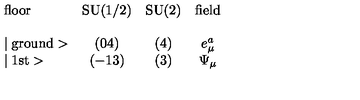
\begin{array} { l c c c } { \mathrm { f l o o r } } & { \mathrm { S U ( 1 / 2 ) } } & { \mathrm { S U ( 2 ) } } & { \mathrm { f i e l d } } \\ { } \\ { \mid \mathrm { g r o u n d } > } & { ( 0 4 ) } & { ( 4 ) } & { e _ { \mu } ^ { a } } \\ { \mid \mathrm { 1 s t } > } & { ( - 1 3 ) } & { ( 3 ) } & { \Psi _ { \mu } } \\ \end{array}